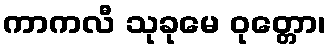
ကာကလီ သုခုမေ ဝုတ္တော၊